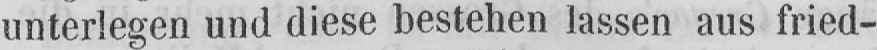
unterlegen und diese bestehen lassen aus fried-